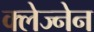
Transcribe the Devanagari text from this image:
क्लेज्नेन